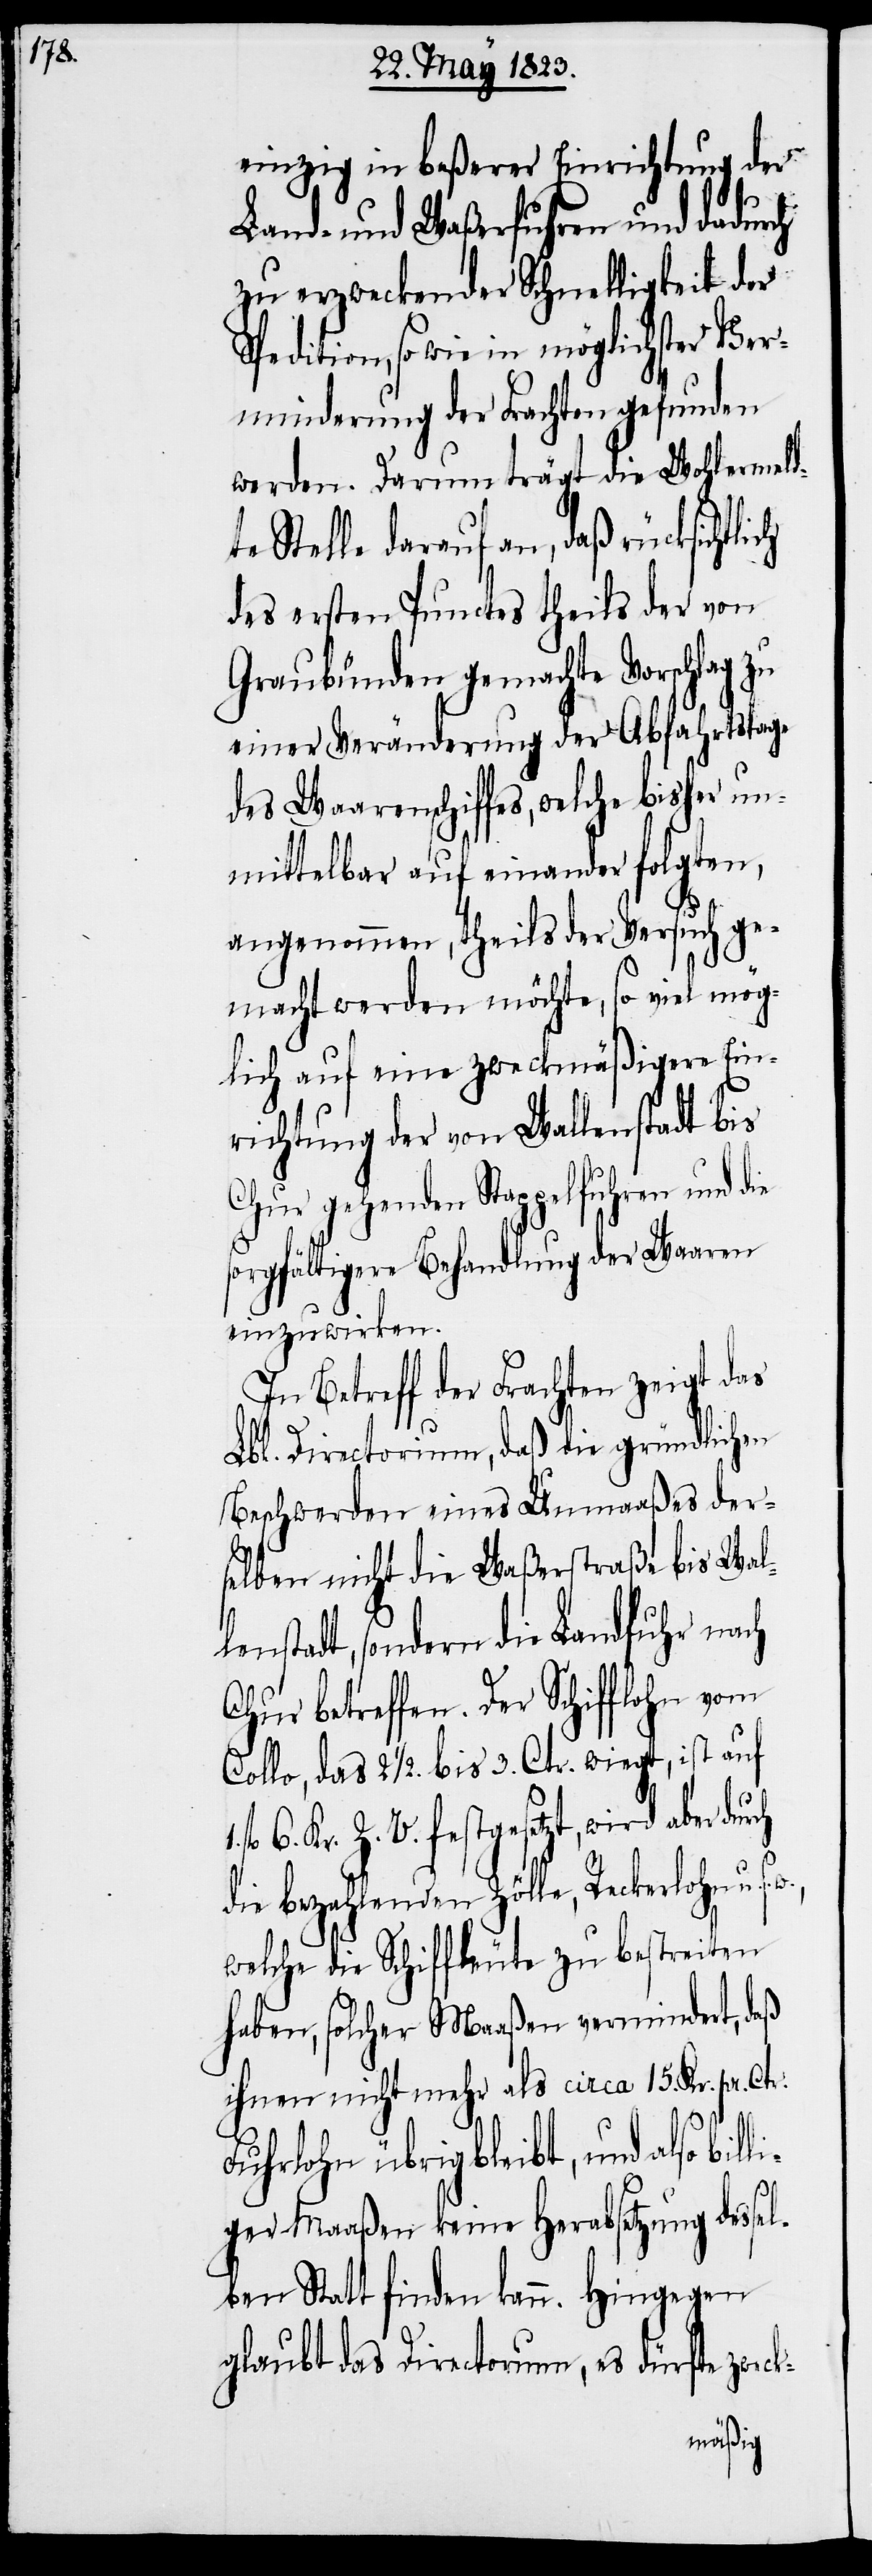
einzig in beßerer Einrichtung der
Land- und Waßerfuhren und dadurch
zu erzweckender Schnelligkeit der
Spedition, so wie in möglichster Ver¬
minderung der Frachten gefunden
werden. Darum trägt die Wohlermeld¬
te Stelle darauf an, daß rücksichtli¬
des ersten Punctes theils der von
Graubünden gemachte Vorschlag zu
einer Veränderung der Abfahrtslage
des Waarenschiffes, welche bisher un¬
mittelbar auf einander folgten,
angenommen, theils der Versuch ge¬
macht werden möchte, so viel mög¬
lich auf eine zweckmäßigere Ein¬
richtung der von Wallenstadt bis
Chur gehenden Stappelfuhren und die
sorgfältigere Behandlung der Waaren
einzuwirken.
In Betreff der Frachten zeigt das
Lbl. Directorium, daß die gründlichen
Beschwerden eines Unmaaßes der¬
selben nicht die Waßerstraße bis Wal¬
lenstadt, sondern die Landfuhr nach
Chur betreffen. Der Schifflohn vom
Collo, das 2 1/2. bis 3. Ctr. wiegt, ist auf
fl. 6. Kr. Z. V. festgesetzt, wird aber dur¬
die bezahlenden Zölle, Reckenlohn u. s.
welche die Schiffleute zu bestreiten
haben, solcher Maaßen vermindert, daß
ihnen nicht mehr als circa 15. Kr. pr.
li¬
Fuhrlohn übrig bleibt, und also bil¬
ger Maaßen keine Herabsetzung dessel¬
ben Statt finden kann. Hingegen
glaubt das Directorium, es dürfte zweck-